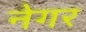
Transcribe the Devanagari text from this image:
नेगर